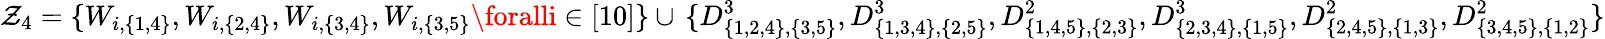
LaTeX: {\mathcal{Z}_{4}=\{ W_{i,\{ 1,4\} },W_{i,\{ 2,4\} },W_{i,\{ 3,4\} },W_{i,\{ 3,5\} }\foralli\in[10]\} }\cup\, {\{ D_{\{ 1,2,4\} ,\{ 3,5\} }^{3},D_{\{ 1,3,4\} ,\{ 2,5\} }^{3},D_{\{ 1,4,5\} ,\{ 2,3\} }^{2},D_{\{ 2,3,4\} ,\{ 1,5\} }^{3},D_{\{ 2,4,5\} ,\{ 1,3\} }^{2},D_{\{ 3,4,5\} ,\{ 1,2\} }^{2}\} }